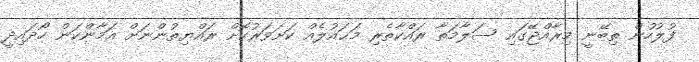
ފުލުހުން ތިބޭނީ މިރާއްޖޭގައި ސަލާމަތާ ރައްކާތެރި މަޙައުލެއް ކަށަވަރުކޮށް ރައްޔިތުންނަށް އަމާންކަން ހޯދައިދީ